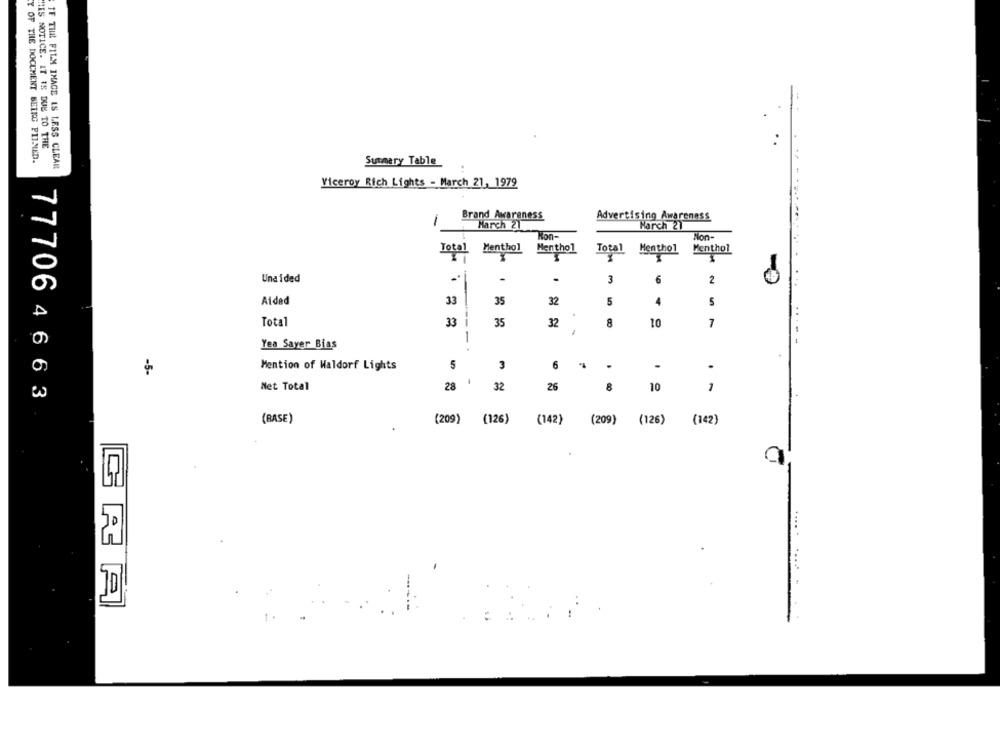
MES NOTICE. IT IS DUE TO THE
Y OF THE DOCUMENT BEING PITNED.
IF TILL FILM IMAGE IS LESS CLEAR
Summery Table
Viceroy Rich Lights - March 21, 1979
Brand Awareness
Advertising Awareness
March 21
Harch 21
Kon-
Menthol
Total
Menthol
Menthol
Total
Menthol
Una ided
.
3
6
2
O
Aided
33
35
5
5
32
D
...
Total
33
---
35
32
8
10
7
-
Yea Sayer Bias
- -
Mention of Waldorf Lights
5
3
6
.
.
-5-
Net Total
28
32
26
8
10
1
777064663
(BASE)
(209) (126)
(142)
(209) (126)
(142)
CRA